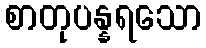
စာတုပန္နရသော